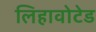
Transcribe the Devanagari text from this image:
लिहावोटेड